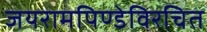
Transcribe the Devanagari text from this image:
जयरामपिण्डेविरचित